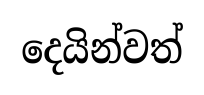
දෙයින්වත්